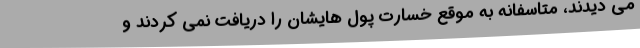
می دیدند، متاسفانه به موقع خسارت پول هایشان را دریافت نمی کردند و